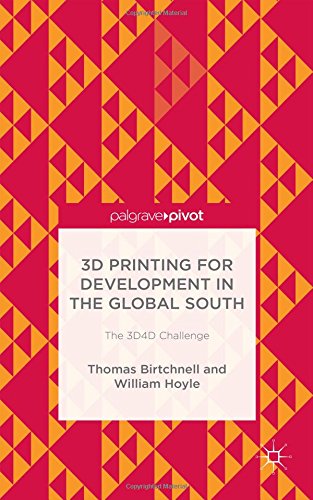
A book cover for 3D Printing for Development in the Global South: The 3D4D Challenge; Thomas Birtchnell; Computers & Technology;